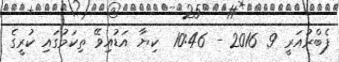
ފެބްރުއަރީ 9